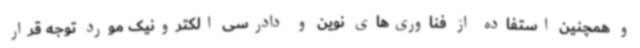
و همچنین استفاده از فناوری‌های نوین و دادرسی الکترونیک مورد توجه قرار